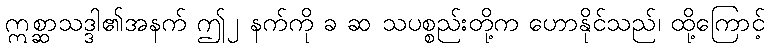
ဣစ္ဆာသဒ္ဒါ၏အနက် ဤ၂ နက်ကို ခ ဆ သပစ္စည်းတို့က ဟောနိုင်သည်၊ ထို့ကြောင့်